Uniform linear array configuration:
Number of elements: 64
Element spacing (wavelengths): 0.75
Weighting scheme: blackman
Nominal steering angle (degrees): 0
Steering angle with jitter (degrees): -1.678
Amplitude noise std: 0.05
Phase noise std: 0.05

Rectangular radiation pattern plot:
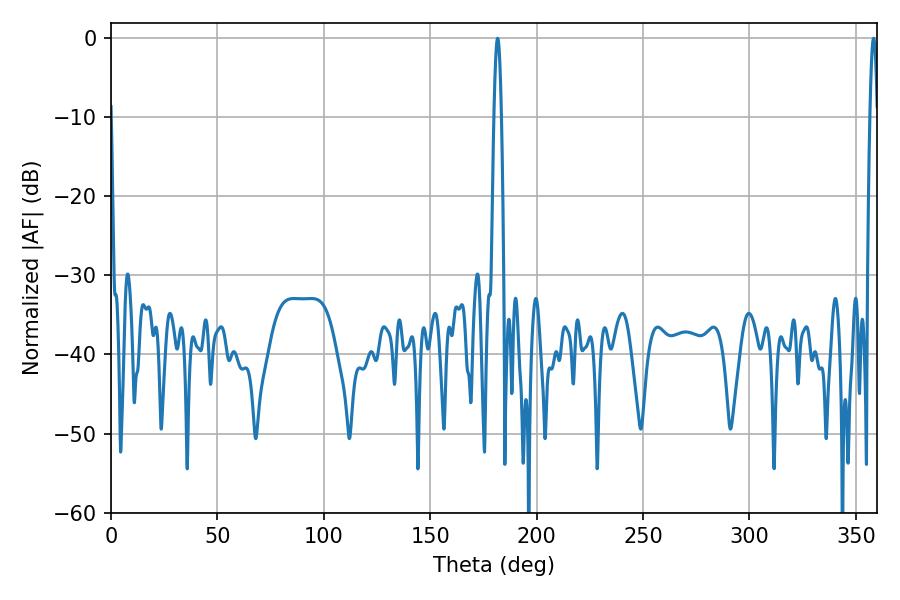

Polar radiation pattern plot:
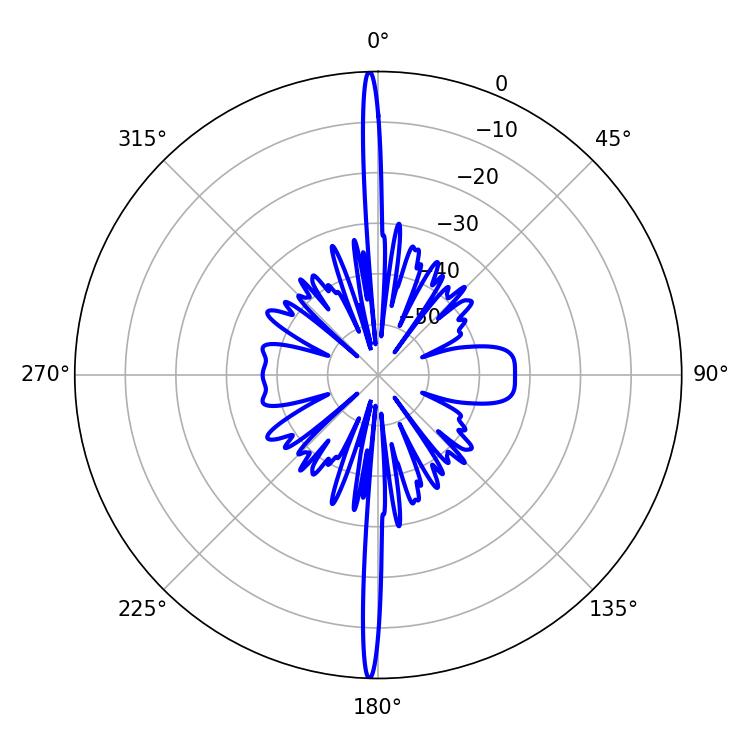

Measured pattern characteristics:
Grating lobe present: TRUE
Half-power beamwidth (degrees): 1.8
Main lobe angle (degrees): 358.38